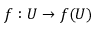
f : U \to f ( U )